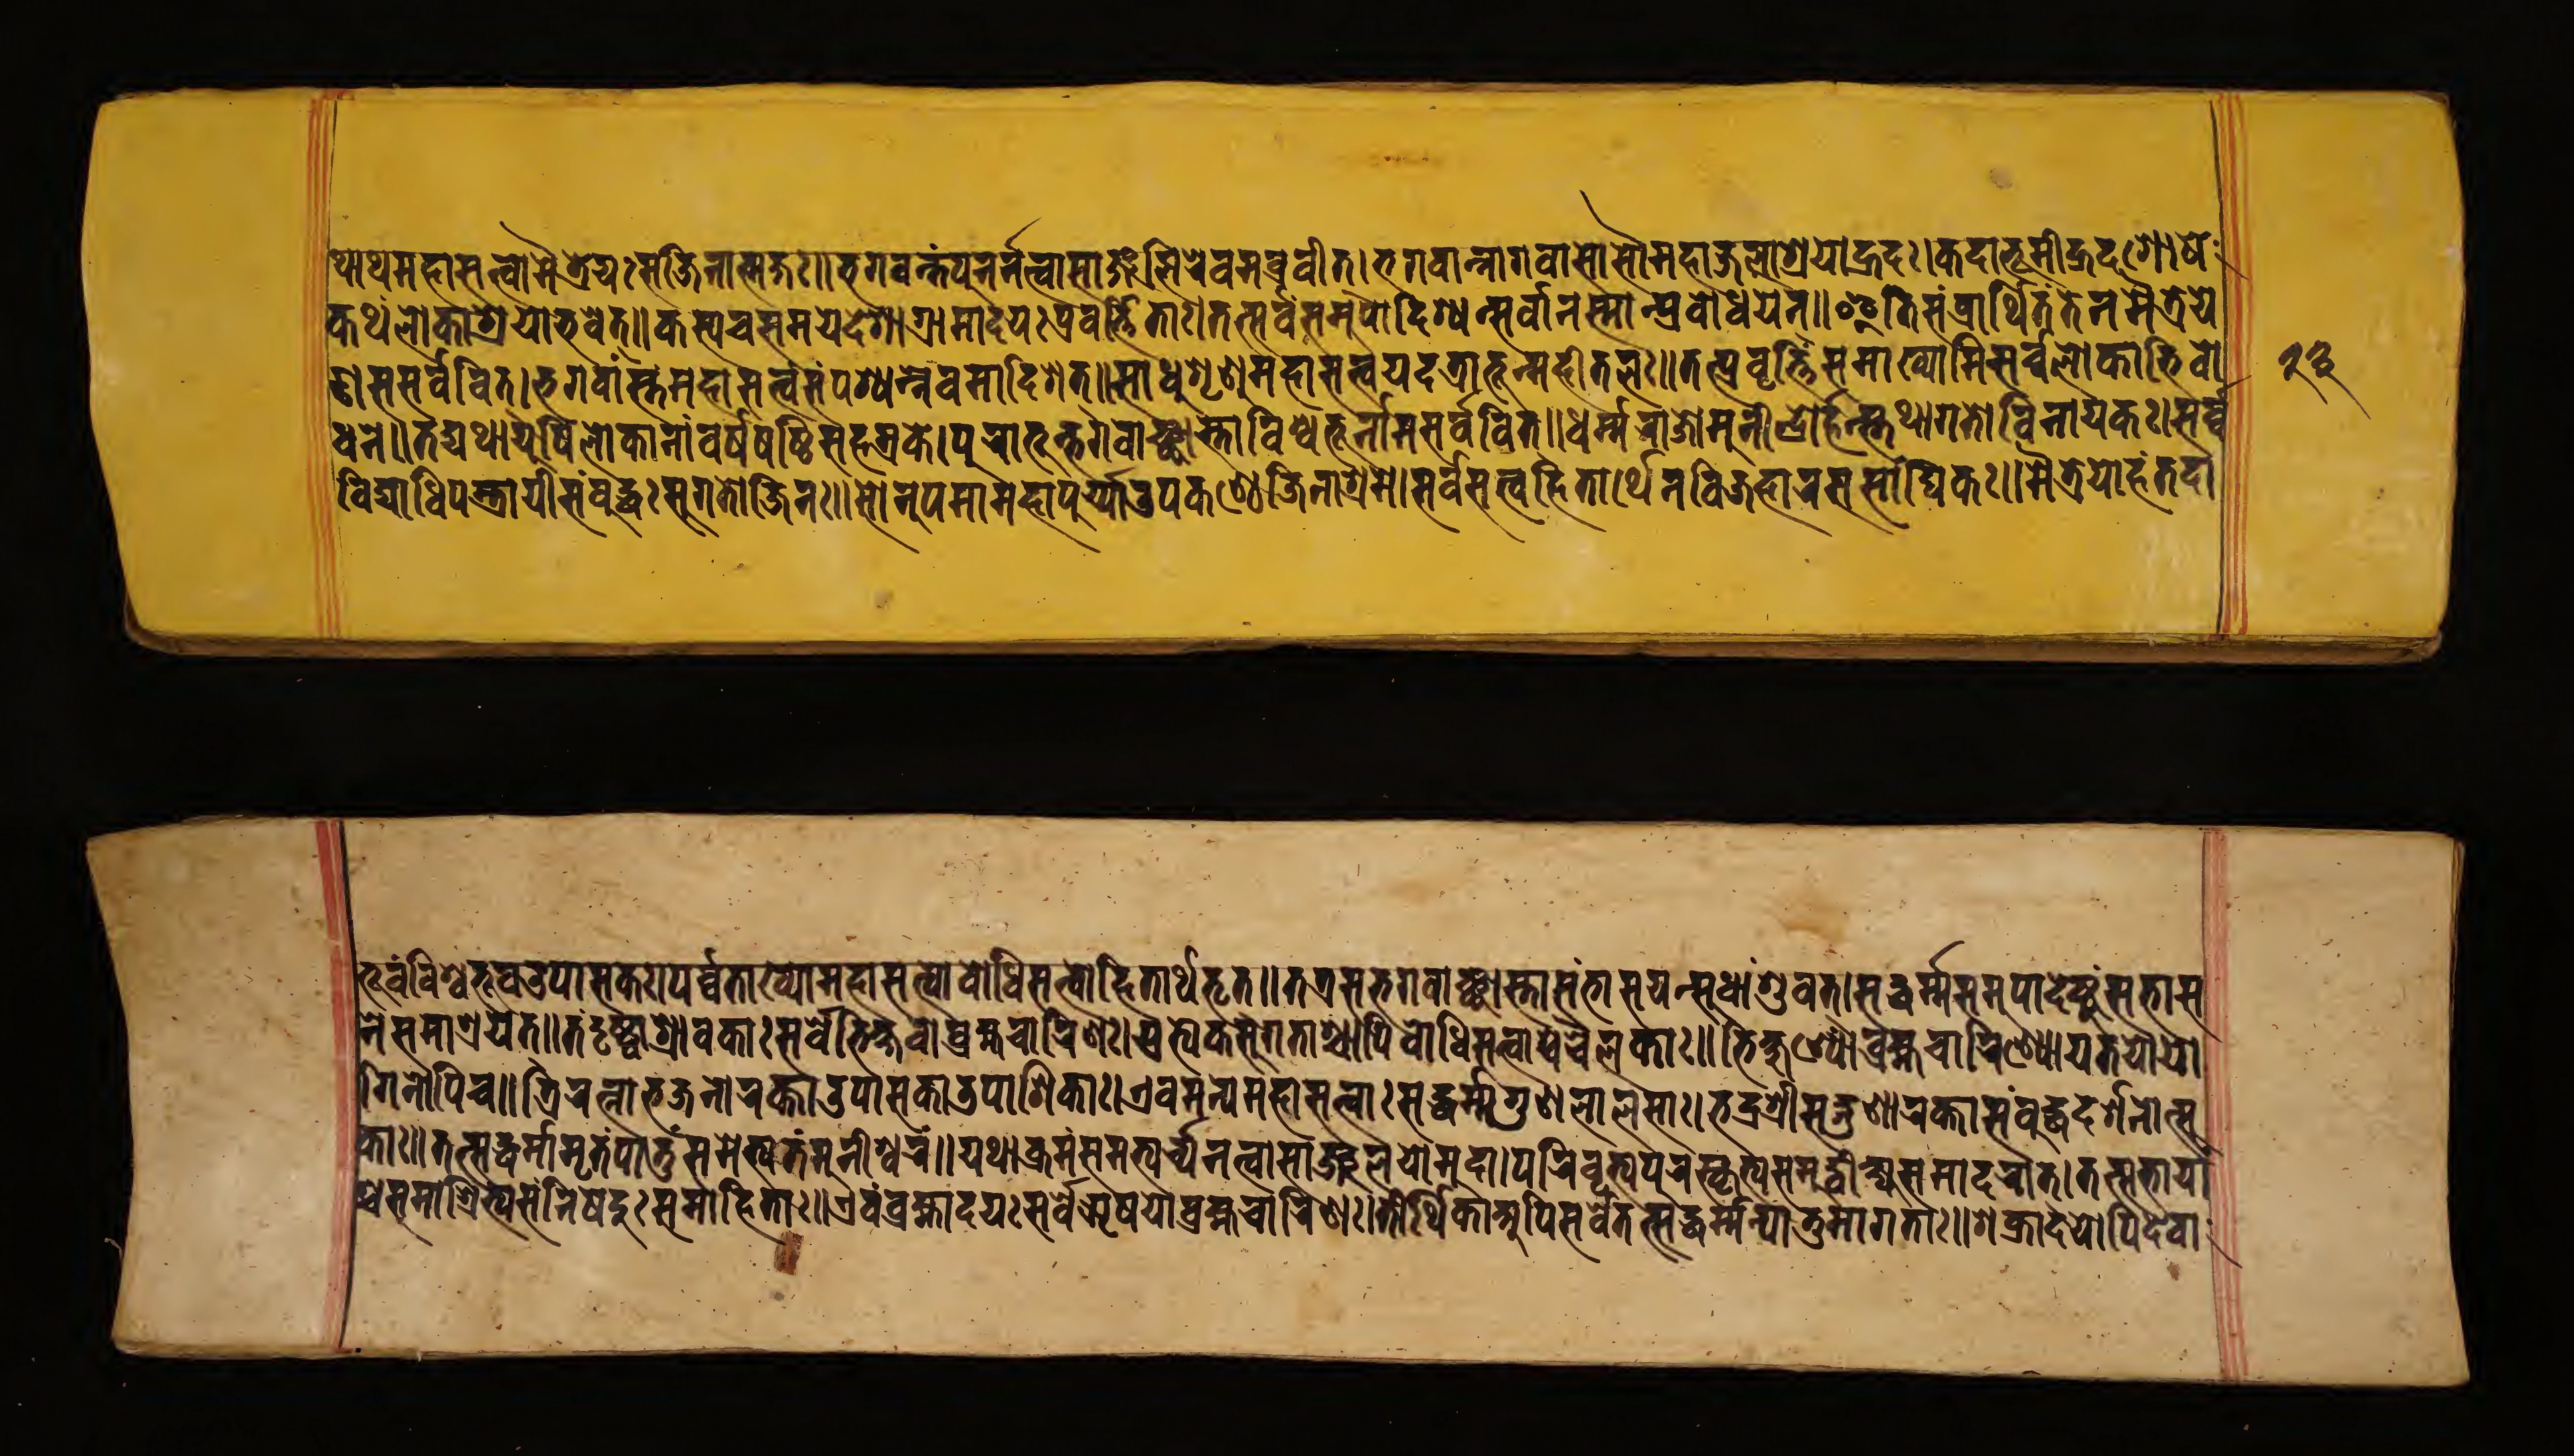
𑐠𑐵𑐠𑐩𑐴𑐵𑐳𑐟𑑂𑐟𑑂𑐰𑑀𑐩𑐿𑐟𑑂𑐬𑐾𑐫𑑅𑐳𑐖𑐶𑐣𑐵𑐟𑑂𑐩𑐖𑑅॥𑐨𑐐𑐰𑐣𑑂𑐟𑑄𑐥𑐸𑐣𑐬𑑂𑐣𑐟𑑂𑐰𑐵𑐳𑐵𑑄𑐖𑐮𑐶𑐬𑐾𑐰𑐩𑐧𑑂𑐬𑐰𑐷𑐟𑑂।𑐨𑐐𑐰𑐣𑑂𑐣𑐵𑐰𑐵𑐳𑑀𑐳𑑁𑐩𑐴𑐵𑐖𑐮𑐵𑐱𑑂𑐬𑐫𑑀𑐴𑑂𑐬𑐡𑑅।𑐎𑐡𑐵𑐨𑐹𑐩𑐶𑐥𑑂𑐬𑐡𑐾𑐱𑑀𑐲𑐾 𑐎𑐠𑑄𑐖𑐮𑐵𑐱𑑂𑐬𑐫𑑀𑐨𑐰𑐾𑐟𑑂॥𑐎𑐳𑑂𑐫𑐔𑐳𑐩𑐫𑐾𑐡𑐾𑐱𑐵𑐐𑑂𑐬𑐵𑐩𑐵𑐡𑐫𑑅𑐥𑑂𑐬𑐰𑐬𑑂𑐟𑑂𑐟𑐶𑐟𑐵𑑅।𑐟𑐟𑑂𑐳𑐬𑑂𑐰𑑄𑐳𑐩𑐸𑐥𑐵𑐡𑐶𑐱𑑂𑐫𑐣𑑂𑐳𑐬𑑂𑐰𑐵𑐣𑐳𑑂𑐩𑐵𑐣𑑂𑐥𑑂𑐬𑐰𑑀𑐢𑐫𑐣𑑂॥𑐂𑐟𑐶𑐳𑑄𑐥𑑂𑐬𑐵𑐬𑑂𑐠𑐶𑐟𑐾𑐟𑐾𑐣𑐩𑐿𑐟𑑂𑐬𑐾𑐫𑐾 𑐞𑐳𑑅𑐳𑐬𑑂𑐰𑐰𑐶𑐟𑑂।𑐨𑐐𑐰𑐵𑐣𑑂𑐳𑑂𑐟𑑄𑐩𑐴𑐵𑐳𑐟𑑂𑐟𑑂𑐰𑑄𑐳𑐩𑑂𑐥𑐱𑑂𑐫𑐣𑑂𑐣𑐿𑐰𑐩𑐵𑐡𑐶𑐱𑐟𑑂॥𑐳𑐵𑐢𑐸𑐱𑐺𑐞𑐸𑐩𑐴𑐵𑐳𑐟𑑂𑐟𑑂𑐰𑑄𑐫𑐡𑐟𑑂𑐬𑐵𑐨𑐹𑐟𑑂𑐩𑐴𑐷𑐟𑐮𑑅॥𑐟𑐟𑑂𑐥𑑂𑐬𑐰𑐺𑐟𑑂𑐟𑐶𑑄𑐳𑐩𑐵𑐏𑑂𑐫𑐵𑐩𑐶𑐳𑐬𑑂𑐰𑐮𑑀𑐎𑐵𑐨𑐶𑐧𑑀 𑐢𑐣𑐾॥𑐟𑐡𑑂𑐫𑐠𑐵𑐨𑐹𑐰𑐶𑐮𑑀𑐎𑐵𑐣𑐵𑑄𑐰𑐬𑑂𑐲𑐲𑐲𑑂𑐚𑐷𑐳𑐴𑐳𑑂𑐬𑐎𑐾।𑐥𑐸𑐬𑐵𑐨𑐹𑐟𑑂𑐨𑐐𑐰𑐵𑐘𑑂𑐕𑐵𑐳𑑂𑐟𑐵𑐰𑐶𑐱𑑂𑐰𑐨𑐹𑐬𑑂𑐣𑑂𑐣𑐵𑐩𑐳𑐬𑑂𑐰𑐰𑐶𑐟𑑂॥𑐢𑐬𑑂𑐩𑐬𑐵𑐖𑑀𑐩𑐸𑐣𑐷𑐣𑑂𑐡𑑂𑐬𑑀𑐬𑑂𑐴𑐳𑑂𑐟𑐠𑐵𑐐𑐟𑑀𑐰𑐶𑐣𑐵𑐫𑐎𑑅।𑐳𑐬𑑂𑐰 𑐰𑐶𑐡𑑂𑐫𑐵𑐢𑐶𑐥𑐳𑑂𑐟𑐵𑐥𑐷𑐳𑑄𑐧𑐸𑐡𑑂𑐢𑐳𑐸𑐐𑐟𑑀𑐖𑐶𑐣𑑅॥𑐳𑑀𑐣𑐸𑐥𑐩𑐵𑐣𑐵𑐩𑐥𑐹𑐬𑑂𑐫𑐵𑑄𑐄𑐥𑐎𑐞𑑂𑐛𑐾𑐖𑐶𑐣𑐵𑐱𑑂𑐬𑐩𑐾॥𑐳𑐬𑑂𑐰𑐳𑐟𑑂𑐟𑑂𑐰𑐴𑐶𑐟𑐵𑐬𑑂𑐠𑐾𑐣𑐰𑐶𑐖𑐴𑐵𑐬𑐳𑐳𑐵𑑄𑐢𑐶𑐎𑑅॥𑐩𑐿𑐟𑑂𑐬𑐾𑐫𑑀𑐴𑑄𑐟𑐡𑐵 𑐨𑐹𑐰𑑄𑐰𑐶𑐱𑑂𑐰𑐨𑐹𑐄𑐥𑐵𑐳𑐎𑑅।𑐥𑐬𑑂𑐰𑐟𑐵𑐏𑑂𑐫𑑀𑐩𑐴𑐵𑐳𑐟𑑂𑐟𑑂𑐰𑑀𑐧𑑀𑐢𑐶𑐳𑐟𑑂𑐟𑑂𑐰𑑀𑐴𑐶𑐟𑐵𑐬𑑂𑐠𑐨𑐺𑐟𑑂॥𑐟𑐟𑑂𑐬𑐳𑐨𑐐𑐰𑐵𑐘𑑂𑐕𑐵𑐳𑑂𑐟𑐵𑐳𑑄𑐨𑐵𑐳𑐫𑑄𑐳𑐸𑐢𑐵𑐱𑐸𑐰𑐟।𑐳𑐡𑑂𑐢𑐬𑑂𑐩𑑂𑐩𑐳𑐩𑐸𑐥𑐵𑐡𑐾𑐲𑑂𑐚𑐸𑑄𑐳𑐨𑐵𑐳 𑐣𑐾𑐳𑐨𑐵𑐱𑑂𑐬𑐫𑐟𑑂॥𑐟𑑄𑐡𑐺𑐲𑑂𑐚𑐵𑐨𑐶𑐎𑑂𑐲𑐰𑑀𑐳𑐬𑑂𑐰𑐾𑐱𑑂𑐬𑐵𑐰𑐎𑐵𑑅𑐧𑑂𑐬𑐴𑑂𑐩𑐔𑐵𑐬𑐶𑐞𑑅।𑐥𑑂𑐬𑐟𑑂𑐫𑐾𑐎𑐳𑐸𑐐𑐟𑐵𑐱𑑂𑐔𑐵𑐥𑐶𑐧𑑀𑐢𑐶𑐳𑐟𑑂𑐟𑑂𑐰𑐵𑐱𑑂𑐔𑐔𑐿𑐮𑐎𑐵𑑅॥𑐨𑐶𑐎𑑂𑐲𑐸𑐞𑑂𑐫𑐵𑐧𑑂𑐬𑐴𑑂𑐩𑐔𑐵𑐬𑐶𑐞𑑂𑐫𑑀𑐫𑐟𑐫𑑀𑐫𑑀 𑐐𑐶𑐣𑑀𑐥𑐶𑐔॥𑐟𑑂𑐬𑐶𑐬𑐟𑑂𑐣𑐨𑐖𑐣𑐵𑐬𑐎𑑂𑐟𑐵𑐄𑐥𑐵𑐳𑐎𑑁𑐥𑐵𑐳𑐶𑐎𑐵𑑅।𑐊𑐰𑑄𑐩𑐣𑑂𑐫𑐾𑐥𑐶𑐮𑑀𑐎𑐵𑐱𑑂𑐔𑐳𑐡𑑂𑐢𑐬𑑂𑐩𑑂𑐩𑐐𑐸𑐞𑐮𑐵𑐮𑐳𑐵𑑅॥𑐨𑐡𑑂𑐬𑐱𑑂𑐬𑐷𑐳𑐨𑐵𑐞𑐵𑐬𑐎𑑂𑐟𑐵𑐳𑑄𑐧𑐸𑐡𑑂𑐢𑐡𑐬𑑂𑐱𑐣𑑀𑐟𑑂𑐳𑐸 𑐎𑐵॥𑐟𑐟𑑂𑐳𑐸𑐢𑐬𑑂𑐩𑑂𑐩𑐵𑐩𑐺𑐟𑑄𑐥𑐵𑐟𑐸𑑄𑐳𑐩𑐟𑑂𑐫𑐾𑐣𑐩𑐸𑐣𑐷𑐱𑑂𑐰𑐬𑑄॥𑐫𑐠𑐵𑐎𑑂𑐬𑐩𑑄𑐳𑐩𑐨𑑂𑐫𑐬𑑂𑐔𑑂𑐫𑐣𑐟𑑂𑐰𑐵𑐳𑐵𑐘𑑂𑐖𑐮𑐵𑐫𑐩𑐸𑐡𑐵॥𑐥𑐬𑐶𑐰𑐺𑐟𑑂𑐫𑐥𑐸𑐬𑐳𑑂𑐎𑐺𑐟𑑂𑐫𑐳𑐩𑐸𑐡𑑂𑐰𑐶𑐎𑑂𑐲𑑂𑐫𑐳𑐩𑐵𑐡𑐬𑐵𑐟𑑂॥𑐟𑐟𑑂𑐳𑐨𑐵𑐫𑐵𑑄 𑐳𑐩𑐵𑐱𑑂𑐬𑐶𑐟𑑂𑐫𑐳𑑄𑐣𑐶𑐲𑐾𑐡𑐸𑐳𑐩𑐵𑐴𑐶𑐟𑐵𑑅॥𑐊𑐰𑑄𑐧𑑂𑐬𑐴𑑂𑐩𑐵𑐡𑐫𑑅𑐳𑐬𑑂𑐰𑐾𑐆𑐲𑐫𑑀𑐧𑑂𑐬𑐴𑑂𑐩𑐔𑐵𑐬𑐶𑐞𑑅।𑐟𑐷𑐬𑑂𑐠𑐶𑐎𑐵𑐀𑐥𑐶𑐳𑐬𑑂𑐰𑐾𑐟𑐟𑑂𑐳𑐡𑑂𑐢𑐬𑑂𑐩𑑄𑐱𑑂𑐬𑑀𑐟𑐸𑐩𑐵𑐐𑐟𑐵𑑅॥𑐱𑐎𑑂𑐬𑐵𑐡𑐫𑑀𑐫𑐶𑐡𑐾𑐰𑐵 𑑒𑑓